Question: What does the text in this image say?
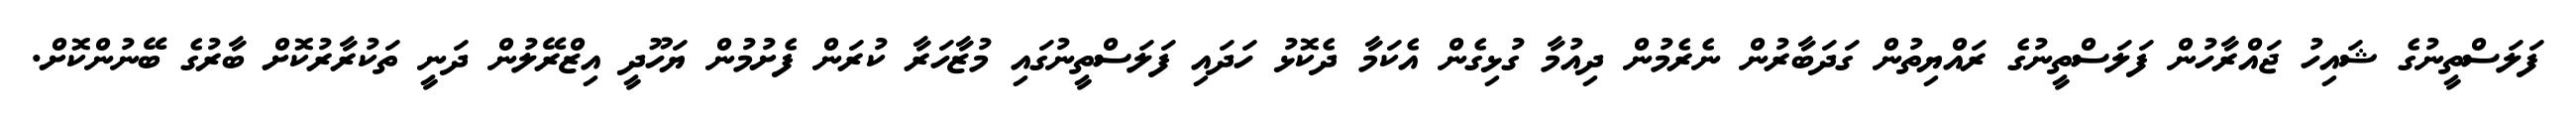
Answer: ފަލަސްތީނުގެ ޝައިހު ޖައްރާހުން ފަލަސްތީނުގެ ރައްޔިތުން ގަދަބާރުން ނެރެމުން ދިއުމާ ގުޅިގެން އެކަމާ ދެކޮޅު ހަދައި ފަލަސްތީނުގައި މުޒާހަރާ ކުރަން ފެށުމުން ޔަހޫދީ އިޒްރޭލުން ދަނީ ތަކުރާރުކޮށް ބާރުގެ ބޭނުންކޮށް.